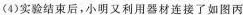
(4)实验结束后，小明又利用器材连接了如图丙